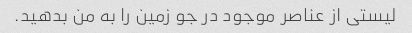
لیستی از عناصر موجود در جو زمین را به من بدهید.